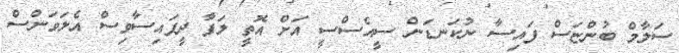
ސަލާމް ބުންޏަސް ފައިސާ ނުކަނޑަން ސީއެސްސީ އަށް އޮތީ ލަފާ ދީފައިސާވިސް އެލަވަންސް